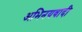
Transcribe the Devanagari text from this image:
अभिनयवादी